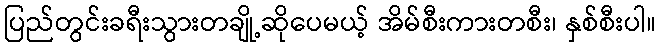
ပြည်တွင်းခရီးသွားတချို့ဆိုပေမယ့် အိမ်စီးကားတစီး၊ နှစ်စီးပါ။